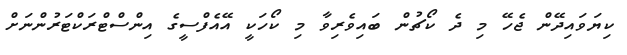
ކިޔަވައިދޭން ޖެހޭ މި ދެ ކޯޗުން ބައިވެރިވާ މި ކޯހަކީ އޭއެފްސީގެ އިންސްޓްރަކްޓަރުންނަށް